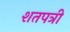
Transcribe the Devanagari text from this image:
शतपत्री